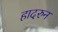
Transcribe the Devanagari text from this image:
हादरुन